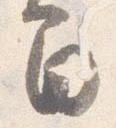
間